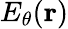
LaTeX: E_{\theta}({\mathbf{r}})